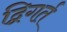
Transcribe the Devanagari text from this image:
द्विगर्त